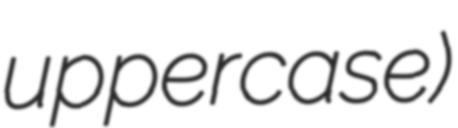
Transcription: uppercase)